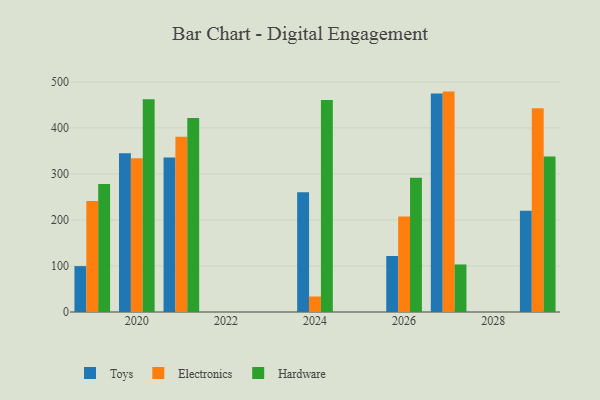
{"axis": {"x": "Year", "y": "Latency (ms)"}, "legend": ["Electronics", "Hardware", "Toys"], "data": [{"x": "2027", "y": 474.9, "type": "Toys"}, {"x": "2027", "y": 478.8, "type": "Electronics"}, {"x": "2027", "y": 103.3, "type": "Hardware"}, {"x": "2029", "y": 220.2, "type": "Toys"}, {"x": "2029", "y": 442.7, "type": "Electronics"}, {"x": "2029", "y": 337.7, "type": "Hardware"}, {"x": "2020", "y": 344.7, "type": "Toys"}, {"x": "2020", "y": 333.9, "type": "Electronics"}, {"x": "2020", "y": 462.2, "type": "Hardware"}, {"x": "2024", "y": 260.0, "type": "Toys"}, {"x": "2024", "y": 33.7, "type": "Electronics"}, {"x": "2024", "y": 460.5, "type": "Hardware"}, {"x": "2019", "y": 99.7, "type": "Toys"}, {"x": "2019", "y": 241.3, "type": "Electronics"}, {"x": "2019", "y": 278.1, "type": "Hardware"}, {"x": "2026", "y": 121.7, "type": "Toys"}, {"x": "2026", "y": 207.7, "type": "Electronics"}, {"x": "2026", "y": 291.5, "type": "Hardware"}, {"x": "2021", "y": 335.9, "type": "Toys"}, {"x": "2021", "y": 380.6, "type": "Electronics"}, {"x": "2021", "y": 421.2, "type": "Hardware"}]}